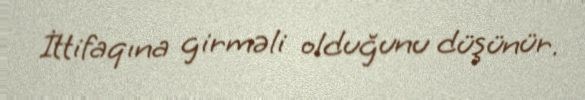
İttifaqına girməli olduğunu düşünür.